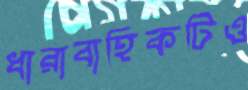
ধারাবাহিকটিও